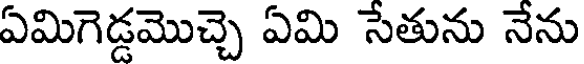
ఏమిగెడ్డమొచ్చె ఏమి సేతును నేను